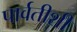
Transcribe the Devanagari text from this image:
पार्वतीशी